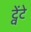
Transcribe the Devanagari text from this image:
ट्वेंटे